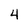
Character: 4